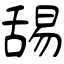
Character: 舓